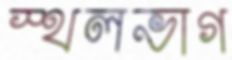
স্থলভাগ